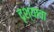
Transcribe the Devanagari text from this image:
दृश्याचा